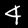
Digit: 4